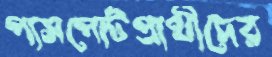
পাসপোর্টপ্রার্থীদের